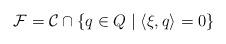
LaTeX: \begin{align*}\mathcal F = \mathcal C \cap \lbrace q \in Q \mid \langle \xi, q \rangle = 0 \rbrace\end{align*}